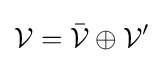
{\mathcal {V}}={\bar {\mathcal {V}}}\oplus {\mathcal {V}}'